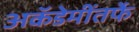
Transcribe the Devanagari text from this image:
अकॅडेमींतर्फे